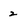
Character: 2